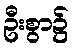
ဦးစွာ၌